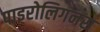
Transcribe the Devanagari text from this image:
पाइरोलिगनस